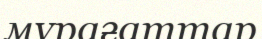
мүрағаттар